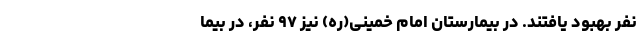
نفر بهبود یافتند. در بیمارستان امام خمینی(ره) نیز ۹۷ نفر، در بیما